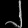
Digit: ၂